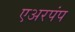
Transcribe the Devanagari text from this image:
एअरपंप